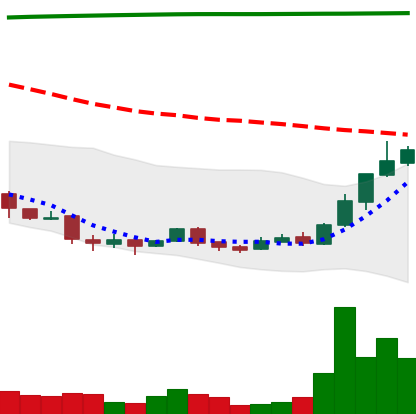
Ticker: DOGE-USD
Chart end date: 2018-04-14
Forward return: 40.337%
Label: up_7plus